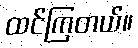
ထင်ကြတယ်။